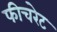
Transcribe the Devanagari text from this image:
फीचरेट